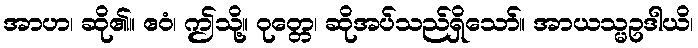
အာဟ၊ ဆို၏။ ဧဝံ၊ ဤသို့။ ဝုတ္တေ၊ ဆိုအပ်သည်ရှိသော်။ အာယသ္မဥဒါယိ၊